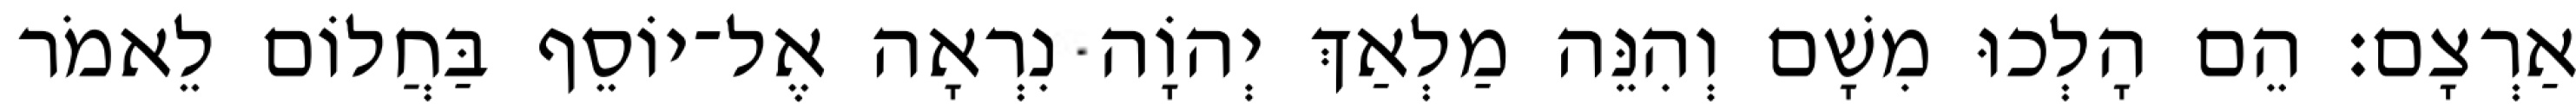
אַרְצָם׃ הֵם הָלְכוּ מִשָׁם וְהִנֵּה מַלְאַךְ יְהוָֹה נִרְאָה אֶל־יוֹסֵף בַּחֲלוֹם לֵאמֹר